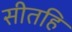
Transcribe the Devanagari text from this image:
सीतहि